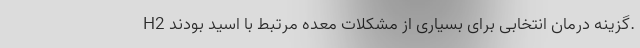
H2 گزینه درمان انتخابی برای بسیاری از مشکلات معده مرتبط با اسید بودند.